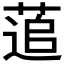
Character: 𮐕